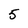
Character: 5